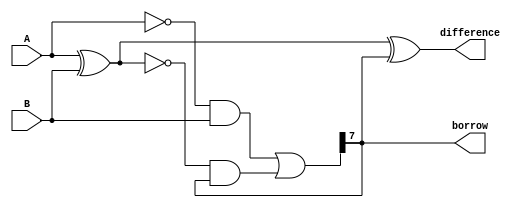
module ripple_carry_subtractor (
    input [7:0] A,
    input [7:0] B,
    output [7:0] difference,
    output borrow
);

wire [7:0] xor_output;
wire [7:0] temp_diff;
wire [7:0] temp_borrow;

assign xor_output = A ^ B;
assign difference = xor_output ^ borrow;
assign temp_diff = xor_output;
assign temp_borrow = (~A & B) | (~xor_output & borrow);
assign borrow = temp_borrow[7];

endmodule